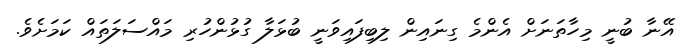
އޭނާ ބުނީ މިހާތަނަށް އެންމެ ގިނައިން ލިބިފައިވަނީ ބުޅަލާ ގުޅުންހުރި މައްސަލަތައް ކަމަށެވެ.